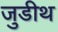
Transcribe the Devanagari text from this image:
जुडीथ